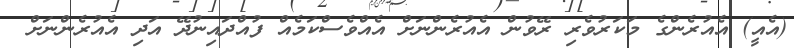
(އެއީ) އެއުރެންގެ މަކަރުވެރި ރޭވުން އެއުރެންނަށް އެއްވެސްކަމެއް ފުއްދައިނުދޭ އަދި އެއުރެންނަށް